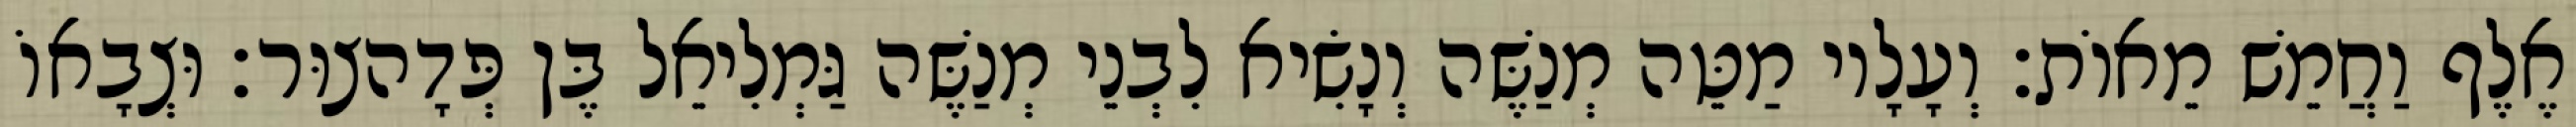
אֶלֶף וַחֲמֵשׁ מֵאוֹת׃ וְעָלָיו מַטֵּה מְנַשֶּׁה וְנָשִׂיא לִבְנֵי מְנַשֶּׁה גַּמְלִיאֵל בֶּן פְּדָהצוּר׃ וּצְבָאוֹ